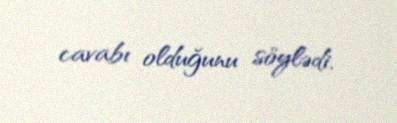
cavabı olduğunu söylədi.